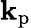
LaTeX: \mathbf{k}_{\mathrm{{p}}}